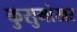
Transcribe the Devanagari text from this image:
कुसुमोखर